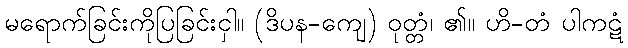
မရောက်ခြင်းကိုပြခြင်းငှါ။ (ဒိပန-ကျေ) ဝုတ္တံ၊ ၏။ ဟိ-တံ ပါကဋံ